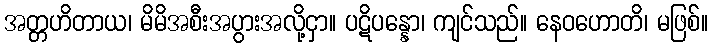
အတ္တဟိတာယ၊ မိမိအစီးအပွားအလို့ငှာ။ ပဋိပန္နော၊ ကျင်သည်။ နေဝဟောတိ၊ မဖြစ်။